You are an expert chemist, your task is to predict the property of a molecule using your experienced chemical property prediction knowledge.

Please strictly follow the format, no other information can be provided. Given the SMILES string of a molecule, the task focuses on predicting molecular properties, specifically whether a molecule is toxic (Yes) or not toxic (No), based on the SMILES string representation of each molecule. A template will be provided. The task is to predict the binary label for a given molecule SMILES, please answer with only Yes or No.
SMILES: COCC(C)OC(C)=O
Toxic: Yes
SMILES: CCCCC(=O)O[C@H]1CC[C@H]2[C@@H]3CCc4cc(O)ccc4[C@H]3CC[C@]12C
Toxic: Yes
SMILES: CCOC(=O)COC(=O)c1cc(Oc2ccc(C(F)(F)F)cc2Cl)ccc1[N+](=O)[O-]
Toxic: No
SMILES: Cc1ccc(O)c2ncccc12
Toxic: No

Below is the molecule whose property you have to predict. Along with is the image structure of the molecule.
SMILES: O=C(c1cc(O)c(O)c(O)c1)c1ccc(O)c(O)c1O
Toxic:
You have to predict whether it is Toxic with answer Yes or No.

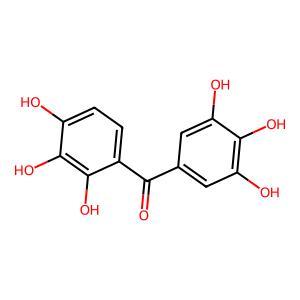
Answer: No